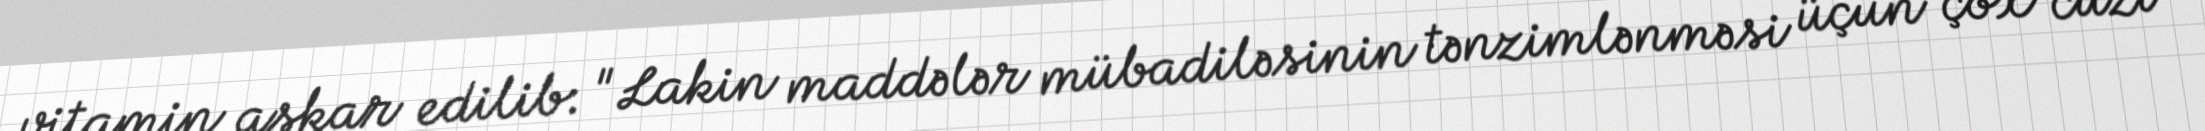
vitamin aşkar edilib: "Lakin maddələr mübadiləsinin tənzimlənməsi üçün çox cüzi